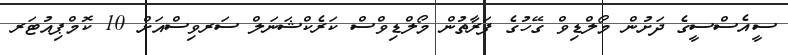
ސީއެސްސީގެ ދަށުން މޯލްޑިވް ގޭހުގެ ފަރާތުން މޯލްޑިވްސް ކަރެކްޝަނަލް ސަރވިސްއަށް 10 ކޮމްޕިއުޓަރ